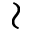
\wr